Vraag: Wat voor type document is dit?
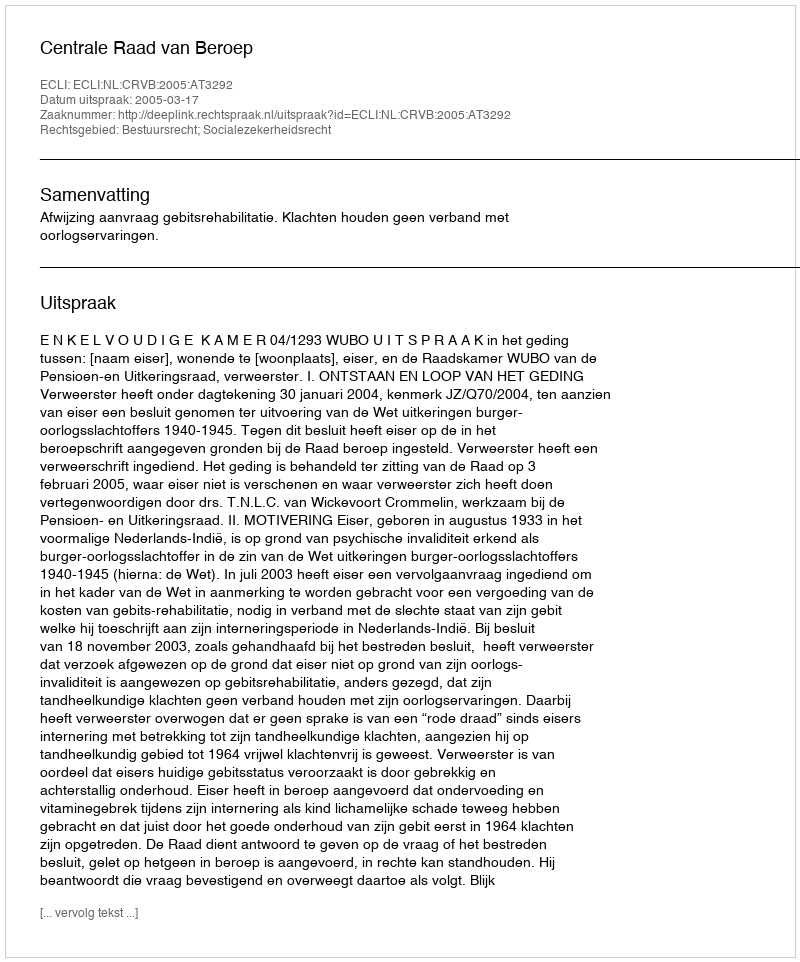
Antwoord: Uitspraak